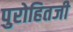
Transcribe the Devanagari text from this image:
पुरोहितजी